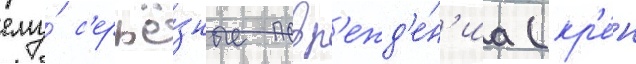
ему́ с'ерьё́зные повр'ежд'е́н'иа (кр'е́н